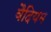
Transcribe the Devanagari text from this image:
वैदियम